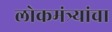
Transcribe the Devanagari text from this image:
लोकमंत्र्यांचा